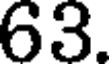
63.